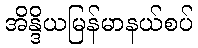
အိန္ဒိယမြန်မာနယ်စပ်